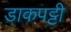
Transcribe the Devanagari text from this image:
डाकपट्टी